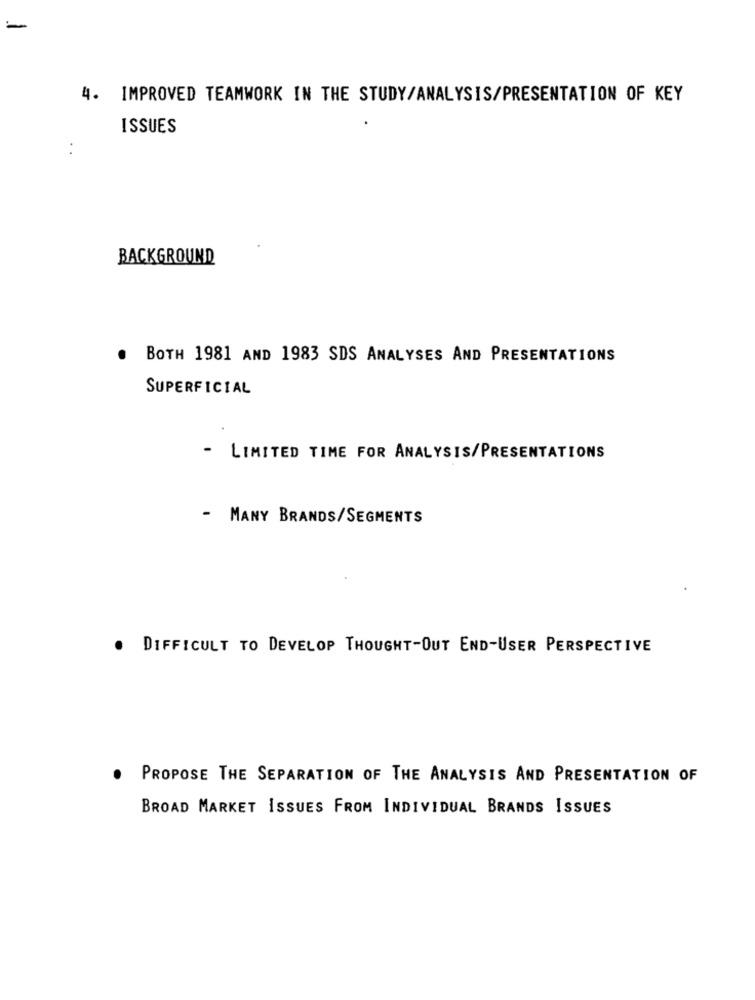
-
4. IMPROVED TEAMWORK IN THE STUDY/ANALYSIS/PRESENTATION OF KEY
ISSUES
BACKGROUND
.
BOTH 1981 AND 1983 SDS ANALYSES AND PRESENTATIONS
SUPERFICIAL
- LIMITED TIME FOR ANALYSIS/PRESENTATIONS
- MANY BRANDS/SEGMENTS
. DIFFICULT TO DEVELOP THOUGHT-OUT END-USER PERSPECTIVE
PROPOSE THE SEPARATION OF THE ANALYSIS AND PRESENTATION OF
BROAD MARKET ISSUES FROM INDIVIDUAL BRANDS ISSUES